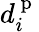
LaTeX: d_{i}^{\mathrm{~p~}}